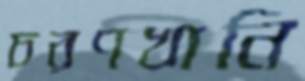
চরণখানি